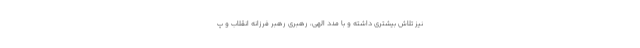
نیز تلاش بیشتری داشته و با مدد الهی، رهبری رهبر فرزانه انقلاب و پ